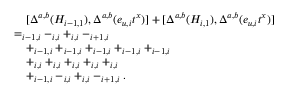
\begin{array} { r l } & { \quad [ \Delta ^ { a , b } ( H _ { i - 1 , 1 } ) , \Delta ^ { a , b } ( e _ { u , i } t ^ { x } ) ] + [ \Delta ^ { a , b } ( H _ { i , 1 } ) , \Delta ^ { a , b } ( e _ { u , i } t ^ { x } ) ] } \\ & { = _ { i - 1 , i } - _ { i , i } + _ { i , i } - _ { i + 1 , i } } \\ & { \quad + _ { i - 1 , i } + _ { i - 1 , i } + _ { i - 1 , i } + _ { i - 1 , i } + _ { i - 1 , i } } \\ & { \quad + _ { i , i } + _ { i , i } + _ { i , i } + _ { i , i } + _ { i , i } } \\ & { \quad + _ { i - 1 , i } - _ { i , i } + _ { i , i } - _ { i + 1 , i } . } \end{array}